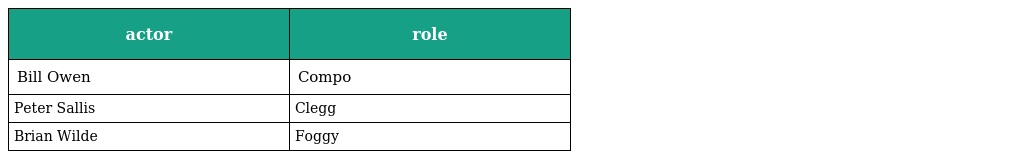
| actor | role |
 | --- | --- |
 | Bill Owen | Compo |
 | Peter Sallis | Clegg |
 | Brian Wilde | Foggy |